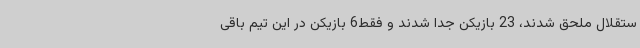
ستقلال ملحق شدند، 23 بازیکن جدا شدند و فقط6 بازیکن در این تیم باقی